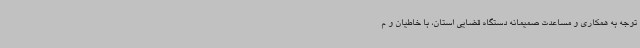
توجه به همکاری و مساعدت صمیمانه دستگاه قضایی استان، با خاطیان و م